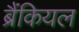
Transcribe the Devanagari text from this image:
ब्रैंकियल